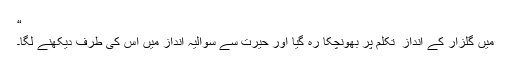
“
میں گلزار کے انداز ِ تکلم پر بھونچکا رہ گیا اور حیرت سے سوالیہ انداز میں اس کی طرف دیکھنے لگا۔